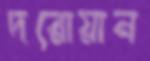
দরোয়ান